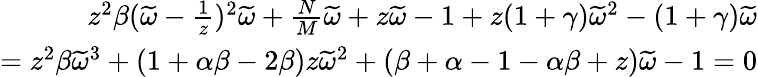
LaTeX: \begin{array}{r}{z^{2}\beta(\widetilde{\omega}-\frac{1}{z})^{2}\widetilde{\omega}+\frac{N}{M}\widetilde{\omega}+z\widetilde{\omega}-1+z(1+\gamma)\widetilde{\omega}^{2}-(1+\gamma)\widetilde{\omega}}\\ {=z^{2}\beta\widetilde{\omega}^{3}+(1+\alpha\beta-2\beta)z\widetilde{\omega}^{2}+(\beta+\alpha-1-\alpha\beta+z)\widetilde{\omega}-1=0}\end{array}